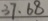
3 7 . 6 8